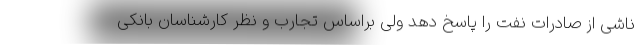
ناشی از صادرات نفت را پاسخ دهد ولی براساس تجارب و نظر کارشناسان بانکی